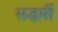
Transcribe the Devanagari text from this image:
सद्धर्मी